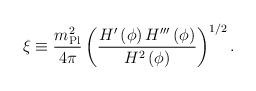
LaTeX: \begin{align*}\xi \equiv {m_{\rm Pl}^2 \over 4 \pi} \left({H'\left(\phi\right) H'''\left(\phi\right) \over H^2\left(\phi\right)}\right)^{1/2}.\end{align*}